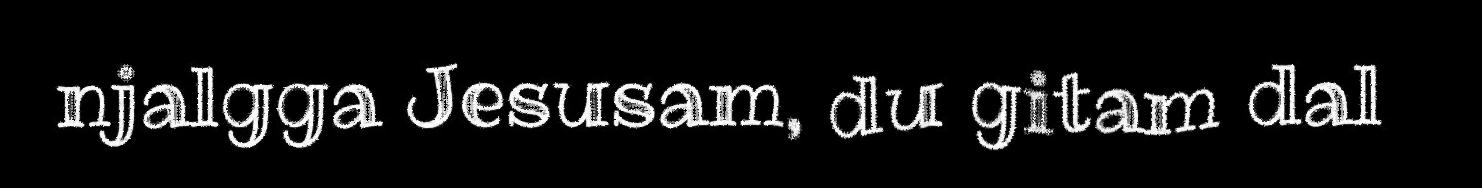
njalgga Jesusam, du gitam dal